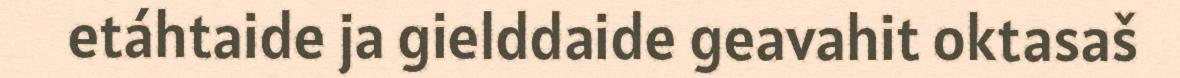
etáhtaide ja gielddaide geavahit oktasaš